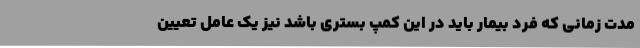
مدت زمانی که فرد بیمار باید در این کمپ بستری باشد نیز یک عامل تعیین